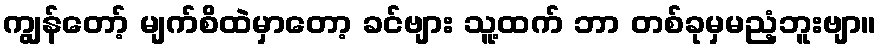
ကျွန်တော့် မျက်စိထဲမှာတော့ ခင်ဗျား သူ့ထက် ဘာ တစ်ခုမှမညံ့ဘူးဗျာ။